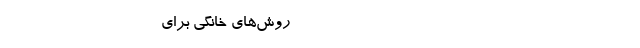
------------------------------------------------- روش‌های خانگی برای